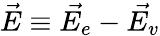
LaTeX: \vec{E}\equiv\vec{E_{e}}-\vec{E_{v}}